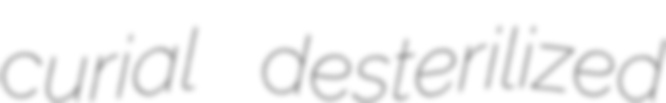
curial desterilized